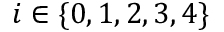
i \in \{ 0 , 1 , 2 , 3 , 4 \}